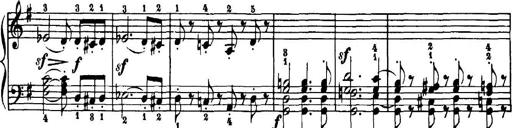
Title: 7 Sonatinas
Composer: Anton Diabelli